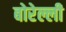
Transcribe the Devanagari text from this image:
बोरेल्ली